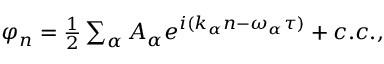
\begin{array} { r } { \varphi _ { n } = \frac { 1 } { 2 } \sum _ { \alpha } A _ { \alpha } e ^ { i ( k _ { \alpha } n - \omega _ { \alpha } \tau ) } + c . c . , } \end{array}